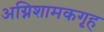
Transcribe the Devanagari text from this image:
अग्निशामकगृह